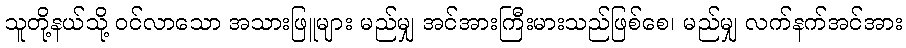
သူတို့နယ်သို့ ဝင်လာသော အသားဖြူများ မည်မျှ အင်အားကြီးမားသည်ဖြစ်စေ၊ မည်မျှ လက်နက်အင်အား